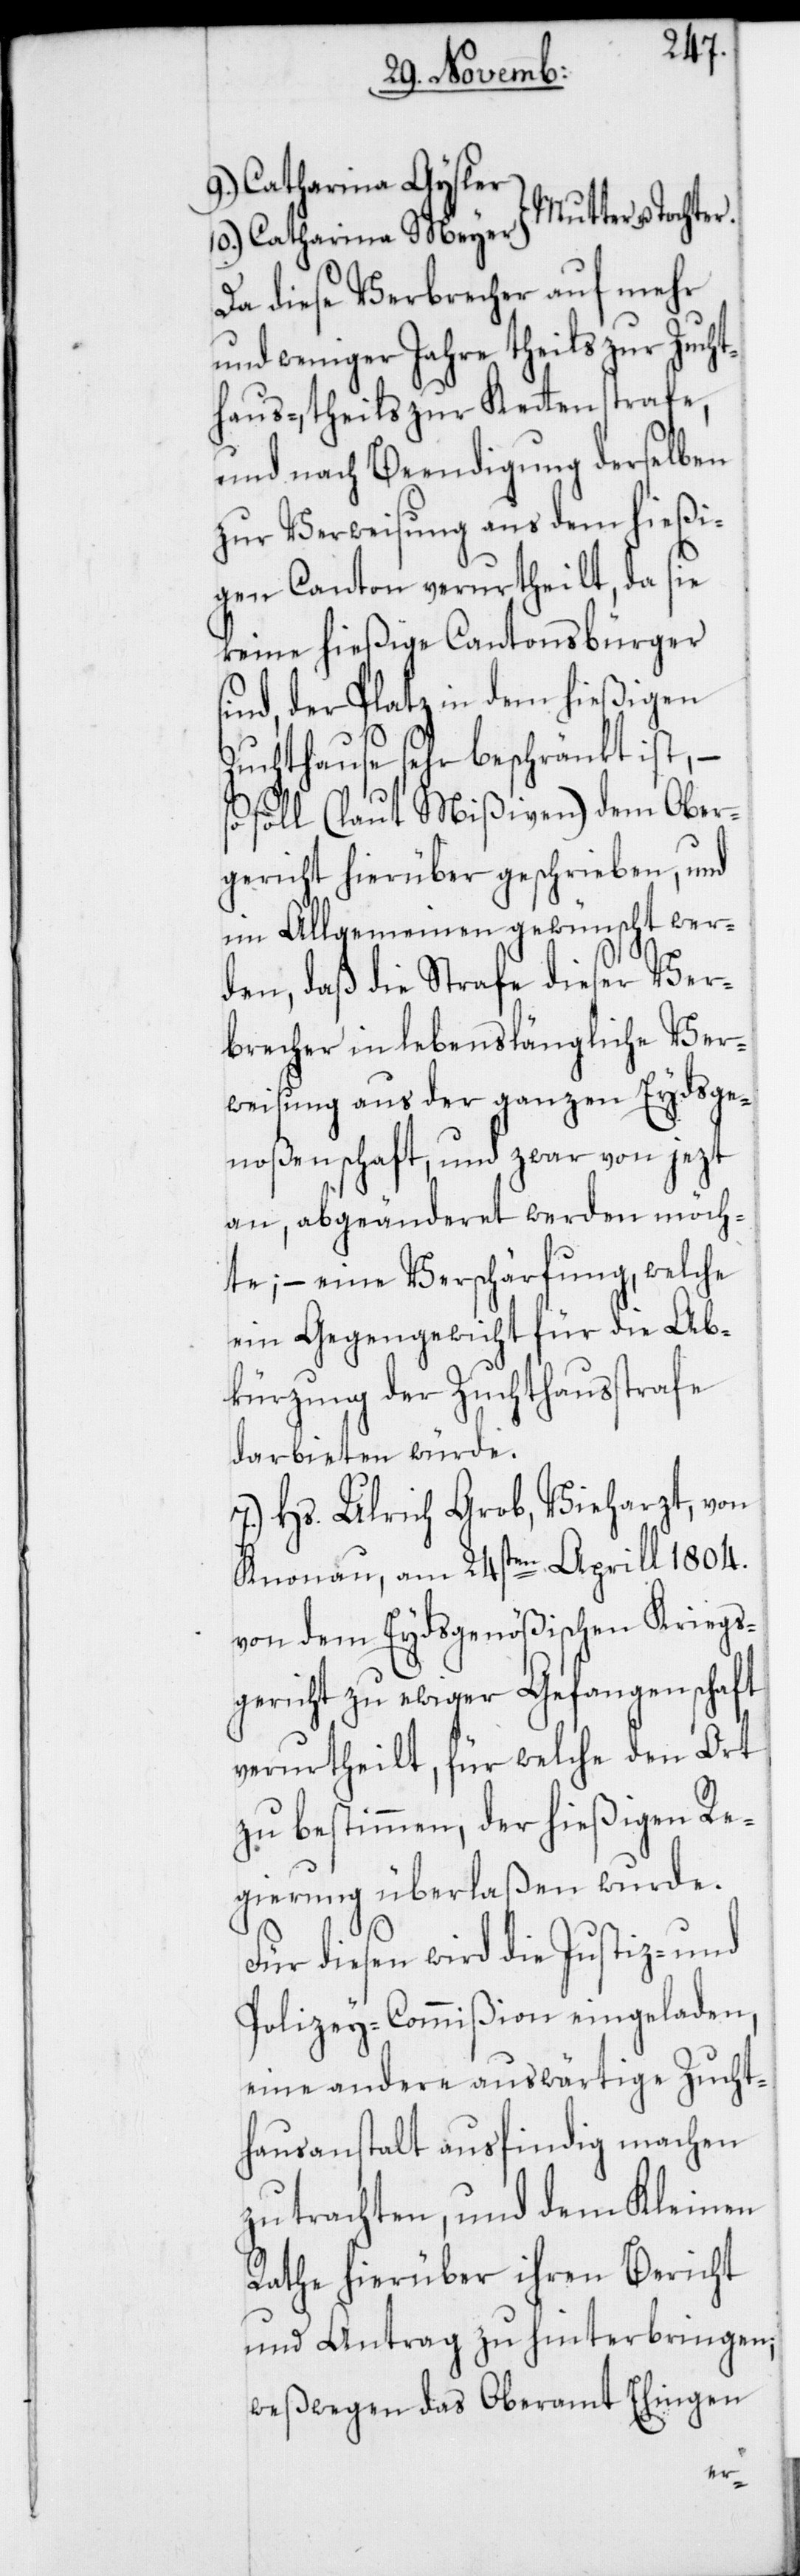
9.) Catharina Gysler
10.) Catharina Meyer, Mutter u. Tochter.
Da diese Verbrecher auf mehr
und weniger Jahre theils zur Zucht¬
haus-, theils zur Kettenstrafe,
und nach Beendigung derselben
zur Verweisung aus dem hießi¬
gen Canton verurtheilt, da sie
keine hießige Cantonsbürger
sind, der Platz in dem hießigen
Zuchthause sehr beschränkt ist, –
so soll (laut Mißiven) dem Ober¬
gericht hierüber geschrieben, und
im Allgemeinen gewünscht wer¬
den, daß die Strafe dieser Ver¬
brecher in lebenslängliche Ver¬
weisung aus der ganzen Eydsge¬
noßenschaft, und zwar von jezt
an, abgeänderet werden möch¬
te; – eine Verschärfung, welche
ein Gegengewicht für die Ab¬
kürzung der Zuchthausstrafe
darbieten würde.
7.) Hs. Ulrich Grob, Vieharzt, von
Knonau, am 24sten Aprill 1804.
von dem Eydsgenößischen Kriegs¬
gericht zu ewiger Gefangenschaft
verurtheilt, für welche den Ort
zu bestimmen, der hießigen Re¬
gierung überlaßen wurde.
Für diesen wird die Justiz- und
Polizey-Commißion eingeladen,
eine andere auswärtige Zucht¬
hausanstalt ausfindig machen
zu trachten, und dem Kleinen
Rathe hierüber ihren Bericht
und Antrag zu hinterbringen;
weßwegen das Oberamt Ehingen